Eesti_Rahvusfond, lk 83
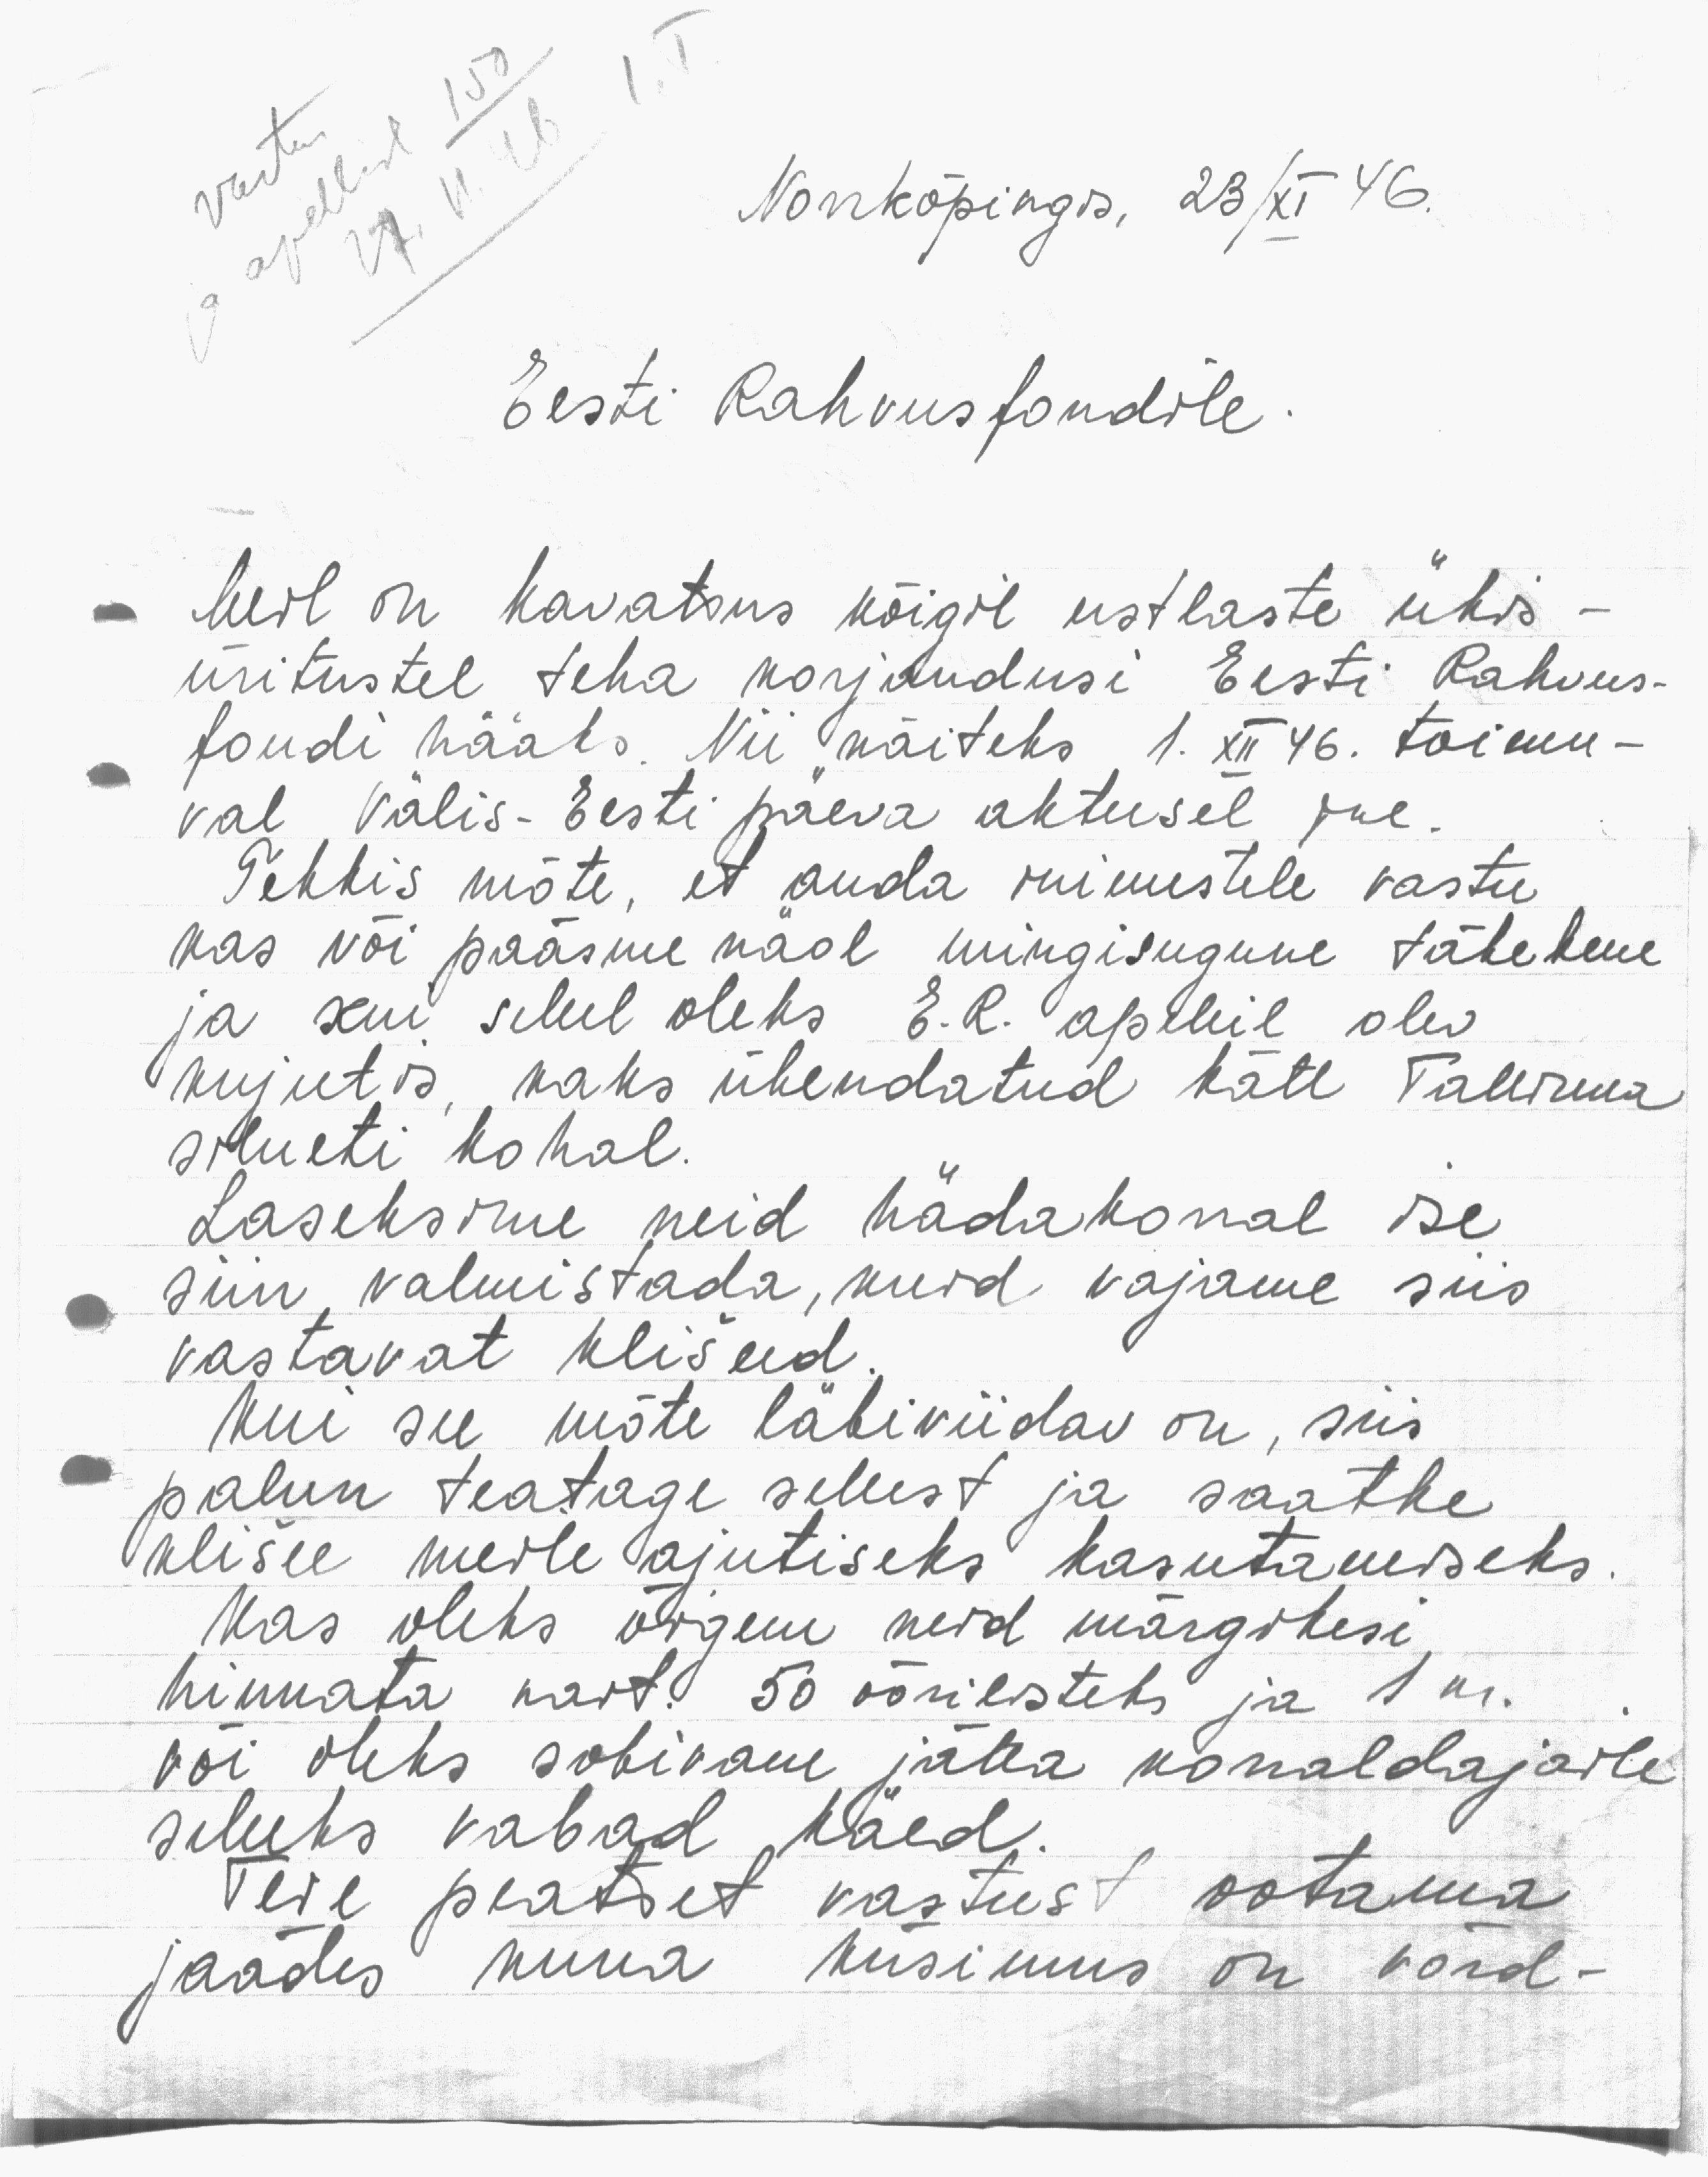
Nonrrköpingis, 23/XI 46.
Eesti Rahvusfondile.
Meil on kavatsus kõigil eestlaste ühis-
üritustel teha korjandusi Eesti Rahvus-
fondi hääks. Nii näiteks 1. XII 46. toimu-
val Välis-Eesti päeva aktusel jne.
Tekkis mõte, et anda inimestele vastu
kas või paäsme nad mingisugune tähekene
ja kui sellel oleks E.R. apeleil olev
kujutis kaks ühendatud kätt Tallinna
silueti kohal.
Laseksime neid hädakorral ise
siin valmistada, kuid vajame siis
vastavat klišeed
Kui see mõte läbiviidav on, siis
palun teatage sellest ja saatke
klišee meile ajutiseks kasutamiseks.
Kas oleks õigem neid märgikesi
hinnata nait. 50 oörilisteks ja 1 kr.
või oleks sobivam jätta korraldajaile
selleks vabad käed.
Teie peatset vastust ootama
jaädes kuna küsimus on võrd-